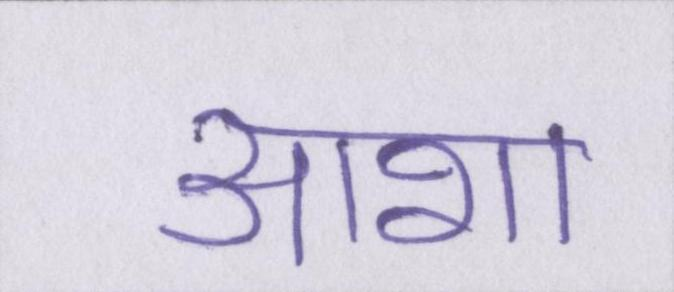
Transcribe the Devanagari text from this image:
आशा